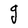
Character: g